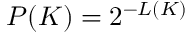
P ( K ) = 2 ^ { - L ( K ) }